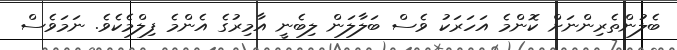
ބެލުންތެރިންނަށް ކޮންމެ އަހަރަކު ވެސް ބަލާލަން ލިބެނީ އާމިރުގެ އެންމެ ފިލްމެކެވެ. ނަމަވެސް